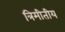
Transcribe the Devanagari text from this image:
त्रिमीतीय